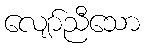
လျော်ညီသော